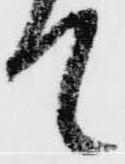
て